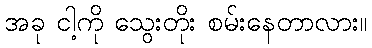
အခု ငါ့ကို သွေးတိုး စမ်းနေတာလား။